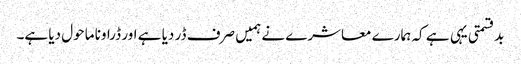
بدقسمتی یہی ہے کہ ہمارے معاشرے نے ہمیں صرف ڈر دیا ہے اور ڈراونا ماحول دیا ہے۔